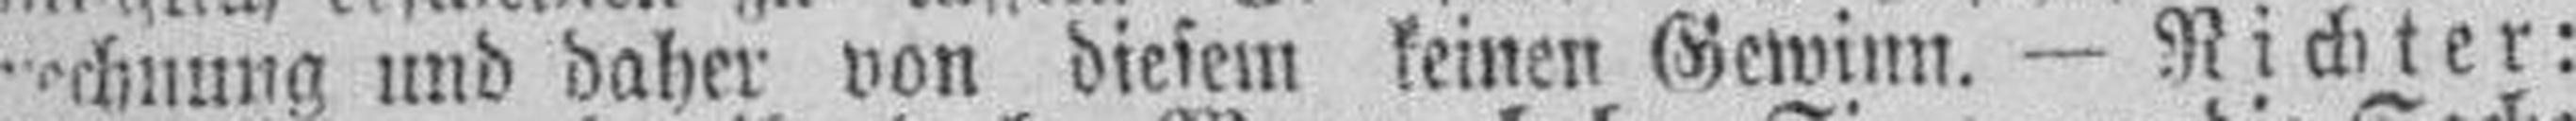
rechnung und daher von diesem keinen Gewinn. — Richter: